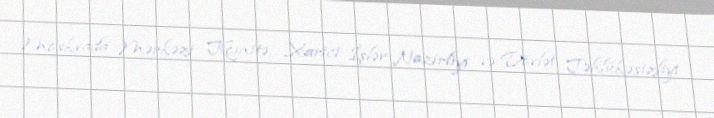
Moskvada Mərkəzi Komitə, Xarici İşlər Nazirliyi və Dövlət Təhlükəsizliyi